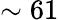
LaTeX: \sim 61